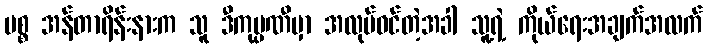
မစ္စ အန်တာရိန်းနားက သူ ဒီကုမ္ပဏီမှာ အလုပ်ဝင်တဲ့အခါ သူ့ရဲ့ ကိုယ်ရေးအချက်အလက်